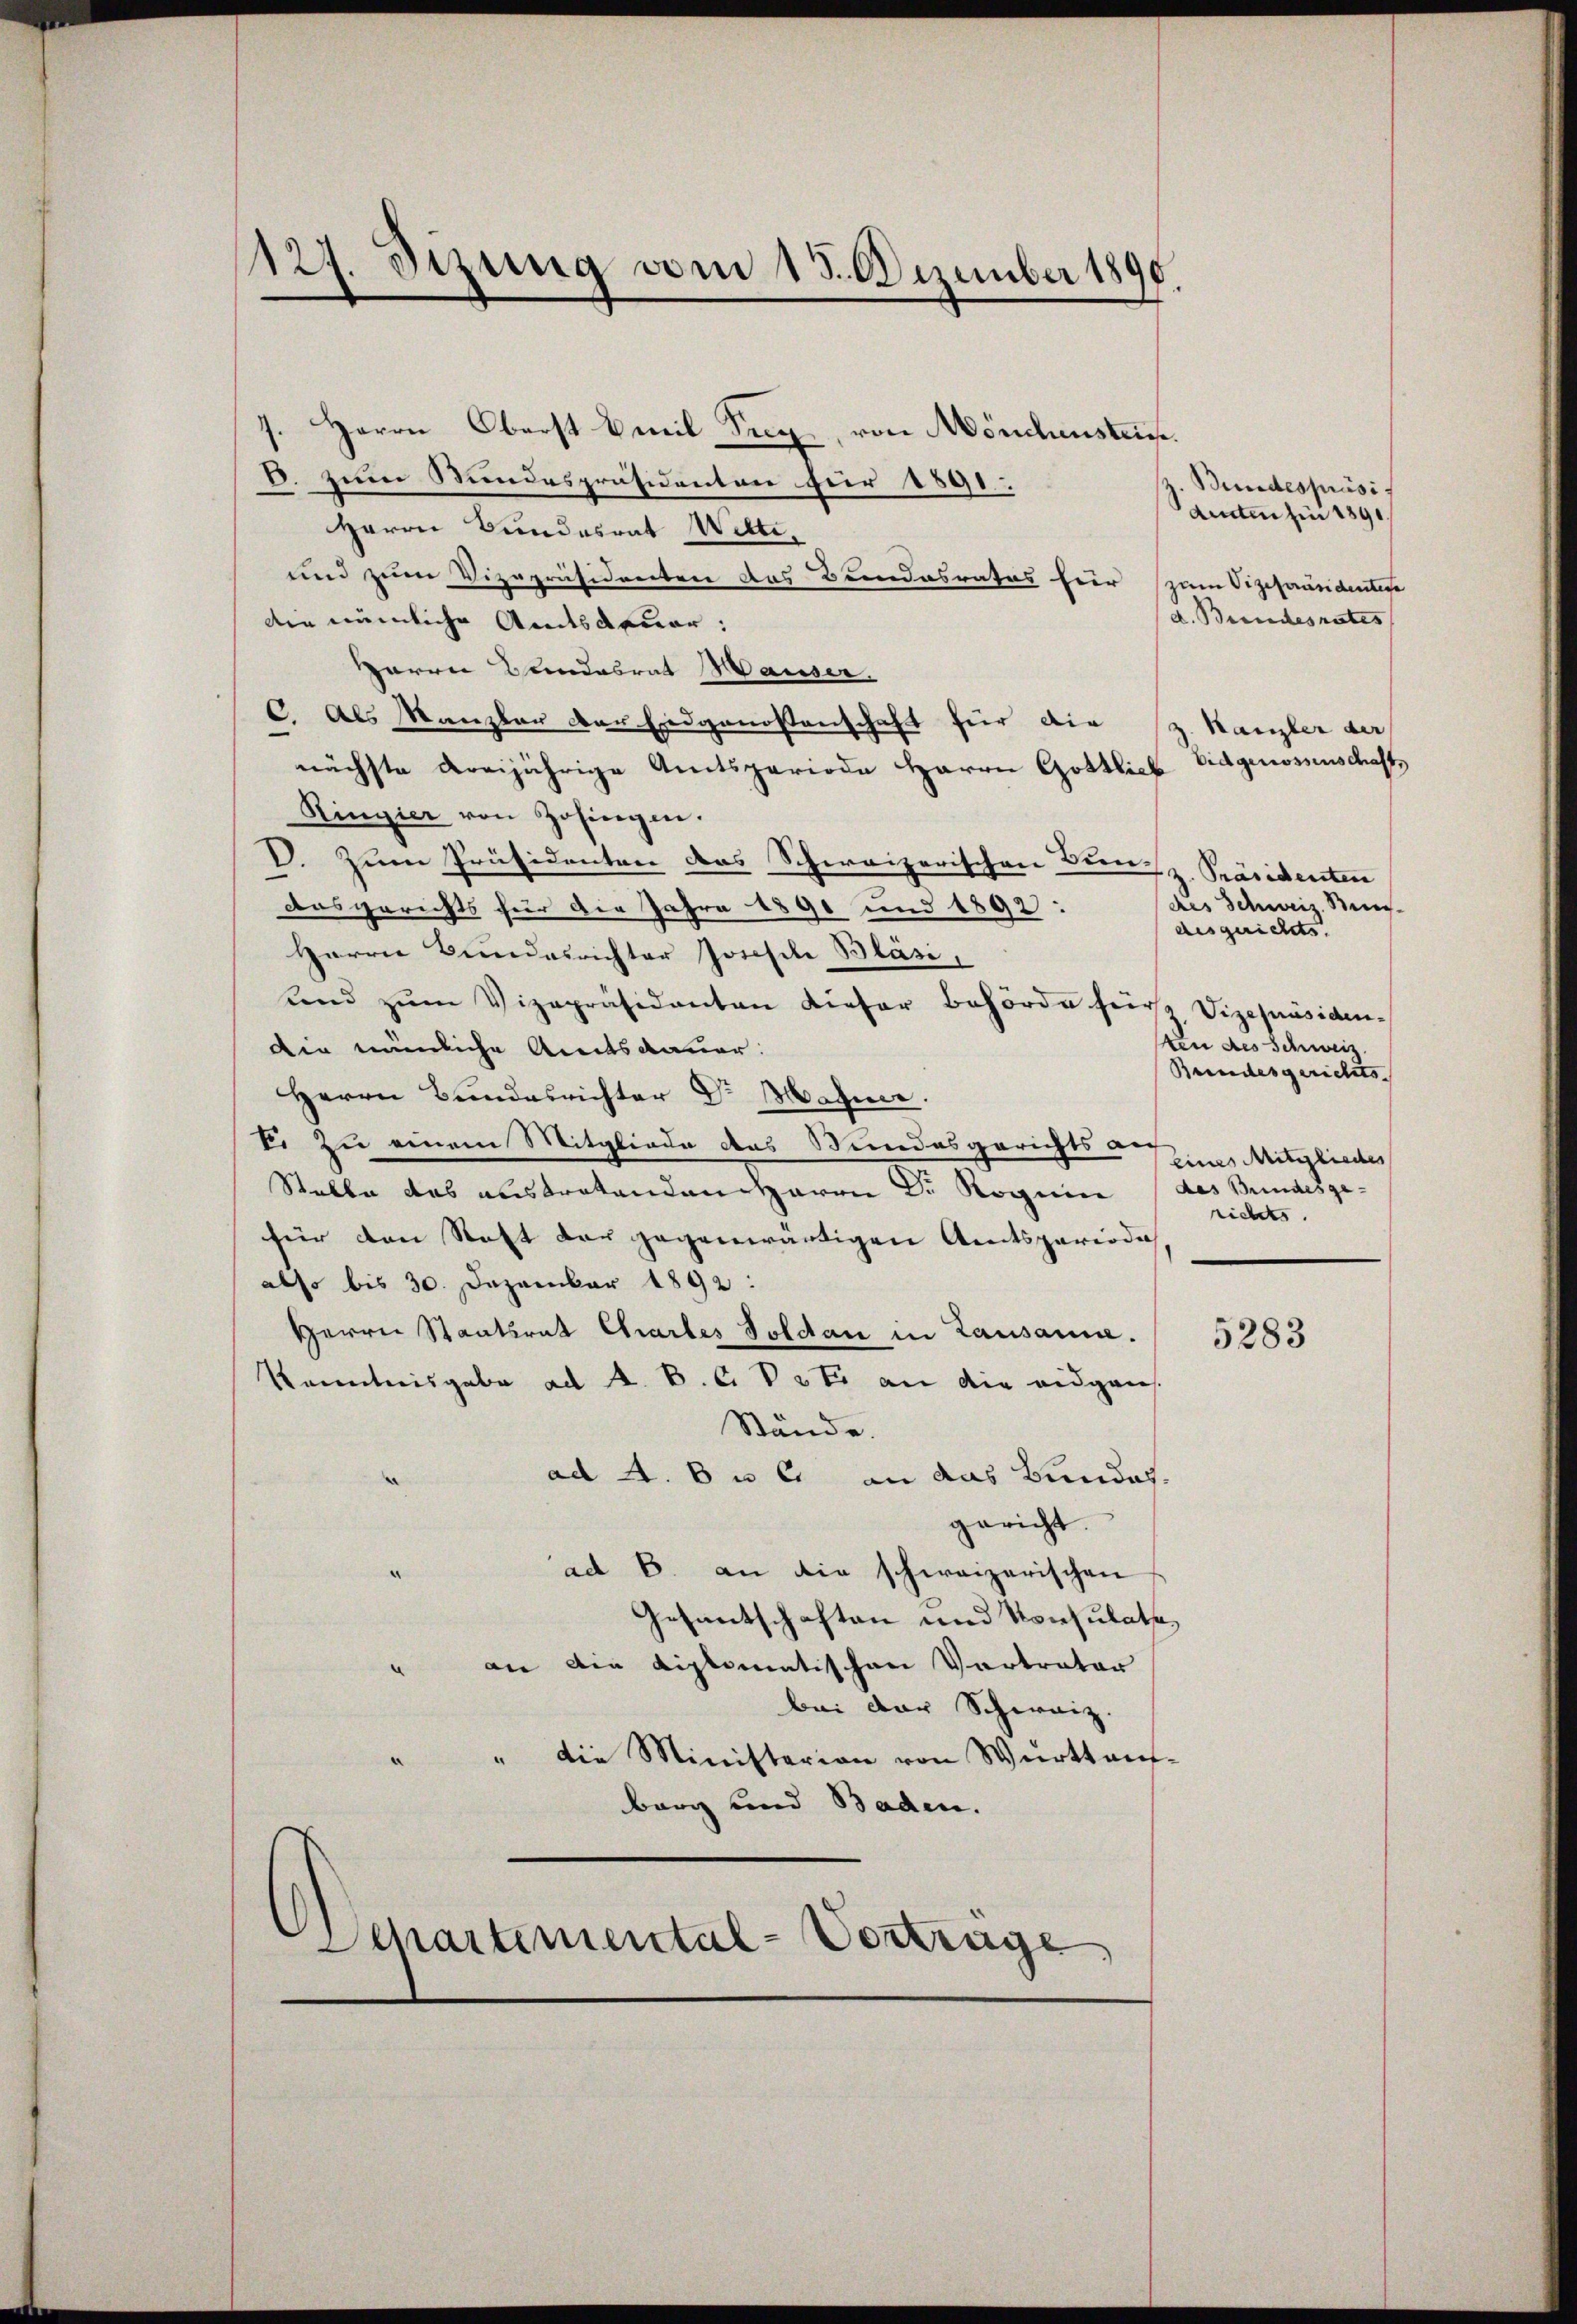
127. Sizung vom 15. Dezember 1890.

.
Herrn Oberst Emil Frey, von Mönchensteife.
D. zum Bundespräsidenten für 1891.
Herrn Bundesrat Wilte,
und zum Vizepräsidenten das Bundesrates hier (zum Vizepräsidentere
die nämliche Ansatuar:
Harrer Bundesrat Hauser
C. Als Manzler der Eidgenossenschaft für die
nächste dreijährige Amtsperiode Herrn Gottlich Eidgenossenschafts
Ringier von Zofingen.
D. Zum Präsidenten das Schweizerischen Bunz. Präsidenten
das gerichts für die Jahre 1890 und 1892:
Herrn Bundesrichter Josefel Bläsi,
end zŭm Vizepräsidenten dieser Behörde für Vizepräsidendie nämliche Amtsdauer.
Herrn Bundesrichter Dr. Magner.
V. Zu einem Mitgliede des Bundesgerichts auf
Stelle das austratenden Herrn Dr. Roguin (des Bundesge-
für den Saft der gegenwärtigen Amtsperiode
also bis 30. Dezember 1892:
Herrn Staatsrat Chartes Soldau in Lausanne.
Kenntnisgabe ad A. B. C. Voto an die eidgans.
Stände.
ad A. b u 6. an das Bundes.
gericht.
ad b. an die schweizerischen
Gesantschaften und Konsulat,
an die diplomatischen Vertrator
bei der Schweiz.
" Die Ministerion von Württens-
berg und Baden.
e
Schartemental-Vertrage

Bundespräsi
denten für 1891
/d. Bundesrates

Kanzler der

5283

des Schweiz. Beis
desgerichts.
in des Schweiz.
Bundesgerichts-

eines Mitglieder
richts.